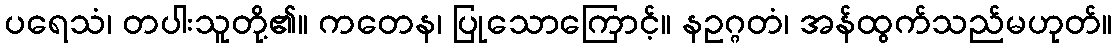
ပရေသံ၊ တပါးသူတို့၏။ ကတေန၊ ပြုသောကြောင့်။ နဥဂ္ဂတံ၊ အန်ထွက်သည်မဟုတ်။